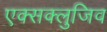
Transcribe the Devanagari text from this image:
एक्सक्लुजिव